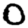
Digit: 0